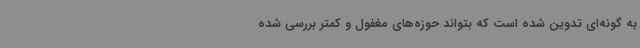
به گونه‌ای تدوین شده است که بتواند حوزه‌های مغفول و کمتر بررسی شده